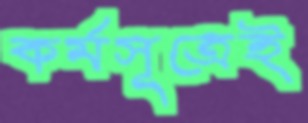
কর্মসূত্রেই